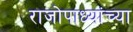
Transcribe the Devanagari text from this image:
राजोपाध्यांच्या